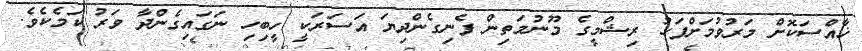
ޚާއްސަކޮށް މަރުވުމަށްފަހު ރިޝްމީގެ މޫނުމަތިން ފެނިގެންދިޔަ އަސަރަކީ ހީބިހި ނަގައިގެންދާ ވަރު ކަމެކެވެ.